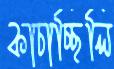
কাচাচ্ছিলি